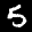
Label: 5